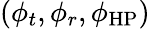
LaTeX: (\phi_{t},\phi_{r},\phi_{\mathrm{HP}})